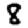
Digit: 8